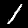
Digit: 1